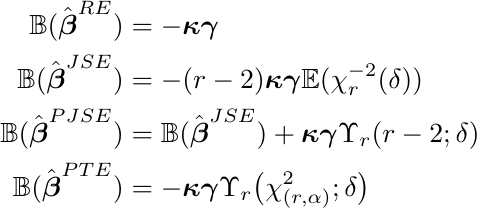
\begin{align*}
\mathbb{B}(\hat{\boldsymbol{\beta}}^{RE}) &= -\boldsymbol{\kappa \gamma}\\
\mathbb{B}(\hat{\boldsymbol{\beta}}^{JSE}) &= -(r-2) \boldsymbol{\kappa \gamma} \mathbb{E}(\chi^{-2}_r (\delta))\\
\mathbb{B}(\hat{\boldsymbol{\beta}}^{PJSE}) &= \mathbb{B}(\hat{\boldsymbol{\beta}}^{JSE})+\boldsymbol{\kappa \gamma} \Upsilon_r (r-2; \delta) \\
\mathbb{B}(\hat{\boldsymbol{\beta}}^{PTE}) &= -\boldsymbol{\kappa \gamma}\Upsilon_r \big(\chi^2_{(r, \alpha)}; \delta\big)
\end{align*}